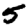
Digit: 5